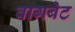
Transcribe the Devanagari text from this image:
वागबेट